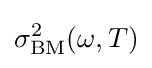
\sigma _{\text{BM}}^{2}(\omega ,T)